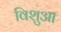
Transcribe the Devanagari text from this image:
विशुआ